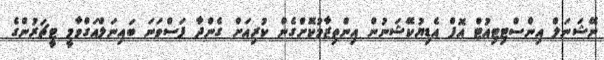
ނޭޝަނަލް އިންސްޓިޓިއުޓް އޮފް އެޑިޔުކޭޝަނުން އިންތިޒާމުކޮށްގެން ކުރިއަށް ގެންދާ ފަސްވަނަ ބައިނަލްއަގްވާމީ ޓީޗަރުންގެ